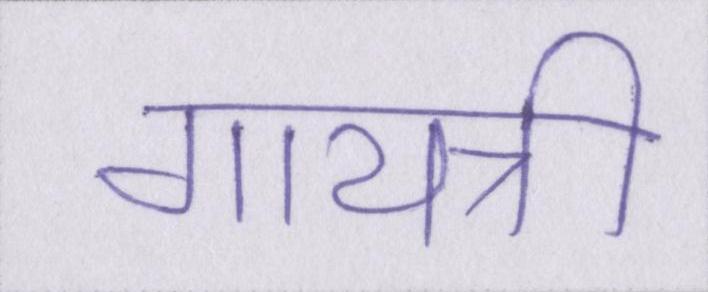
गायत्री